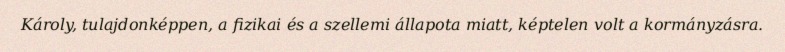
Károly, tulajdonképpen, a fizikai és a szellemi állapota miatt, képtelen volt a kormányzásra.